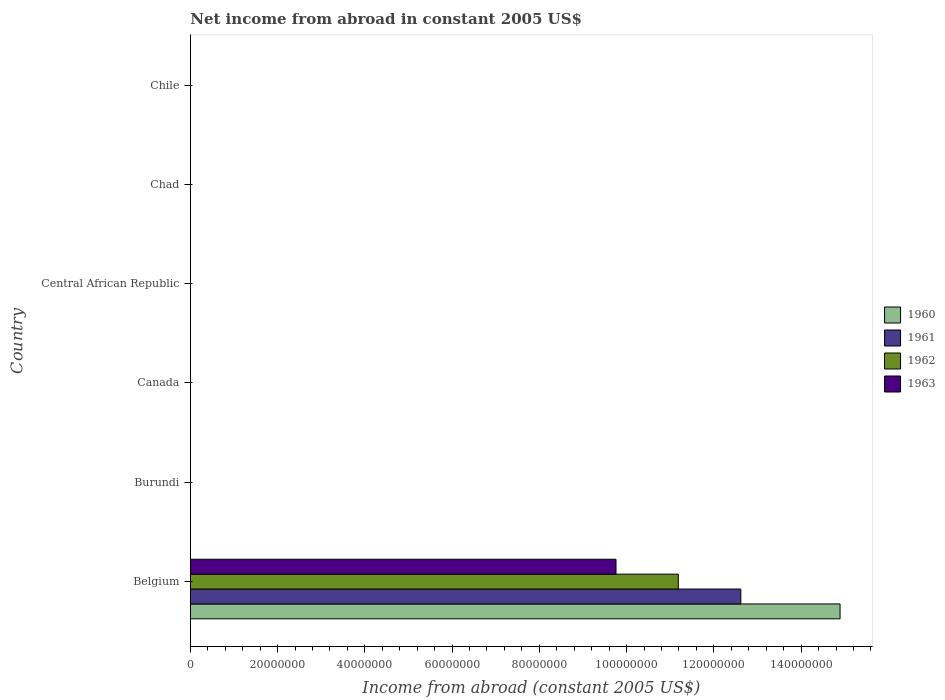
| Country | 1960 | 1961 | 1962 | 1963 |
 | --- | --- | --- | --- | --- |
 | Belgium | 1.49e+08 | 1.26e+08 | 1.12e+08 | 9.76e+07 |
 | Burundi | -2.11e+06 | -2.18e+06 | -2.29e+06 | -2.47e+06 |
 | Canada | -6.32e+08 | -7.11e+08 | -7.19e+08 | -7.84e+08 |
 | Central African Republic | -4.08e+05 | -4.08e+05 | -4.08e+05 | -4.08e+05 |
 | Chad | -2.12e+06 | -3.08e+06 | -3.44e+06 | -3.3e+06 |
 | Chile | -2.42e+08 | -2.67e+08 | -2.55e+08 | -2.87e+08 |